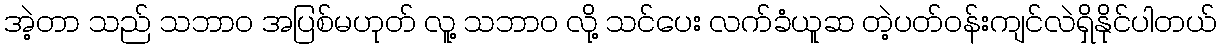
အဲ့တာ သည် သဘာဝ အပြစ်မဟုတ် လူ့ သဘာဝ လို့ သင်ပေး လက်ခံယူဆ တဲ့ပတ်ဝန်းကျင်လဲရှိနိုင်ပါတယ်